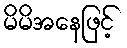
မိမိအနေဖြင့်